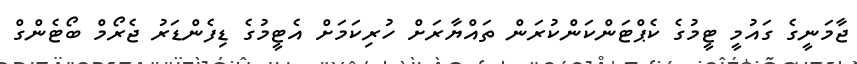
ޖާމަނީގެ ގައުމީ ޓީމުގެ ކެޕްޓަންކަންކުރަން ތައްޔާރަށް ހުރިކަމަށް އެޓީމުގެ ޑިފެންޑަރު ޖެރޯމް ބޯޓެންގް